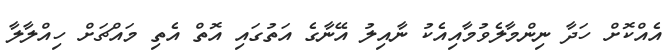
އެއްކޮށް ހަދާ ނިންމާލެވުމާއިއެކު ނާއިލު އޭނާގެ އަތުގައި އޮތް އެތި މައްޗަށް ހިއްލާލާ